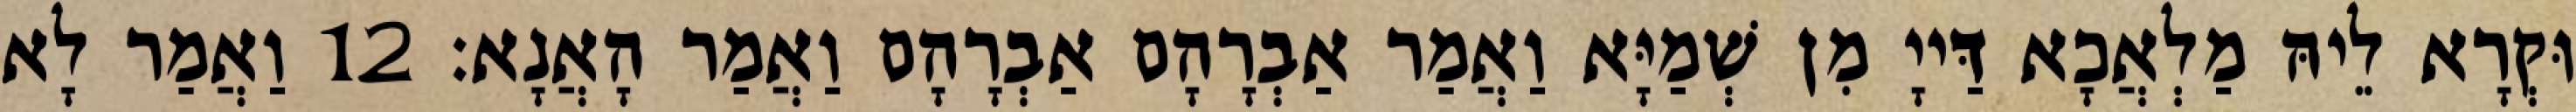
וּקְרָא לֵיהּ מַלְאֲכָא דַּייָ מִן שְׁמַיָּא וַאֲמַר אַבְרָהָם אַבְרָהָם וַאֲמַר הָאֲנָא׃ 12 וַאֲמַר לָא